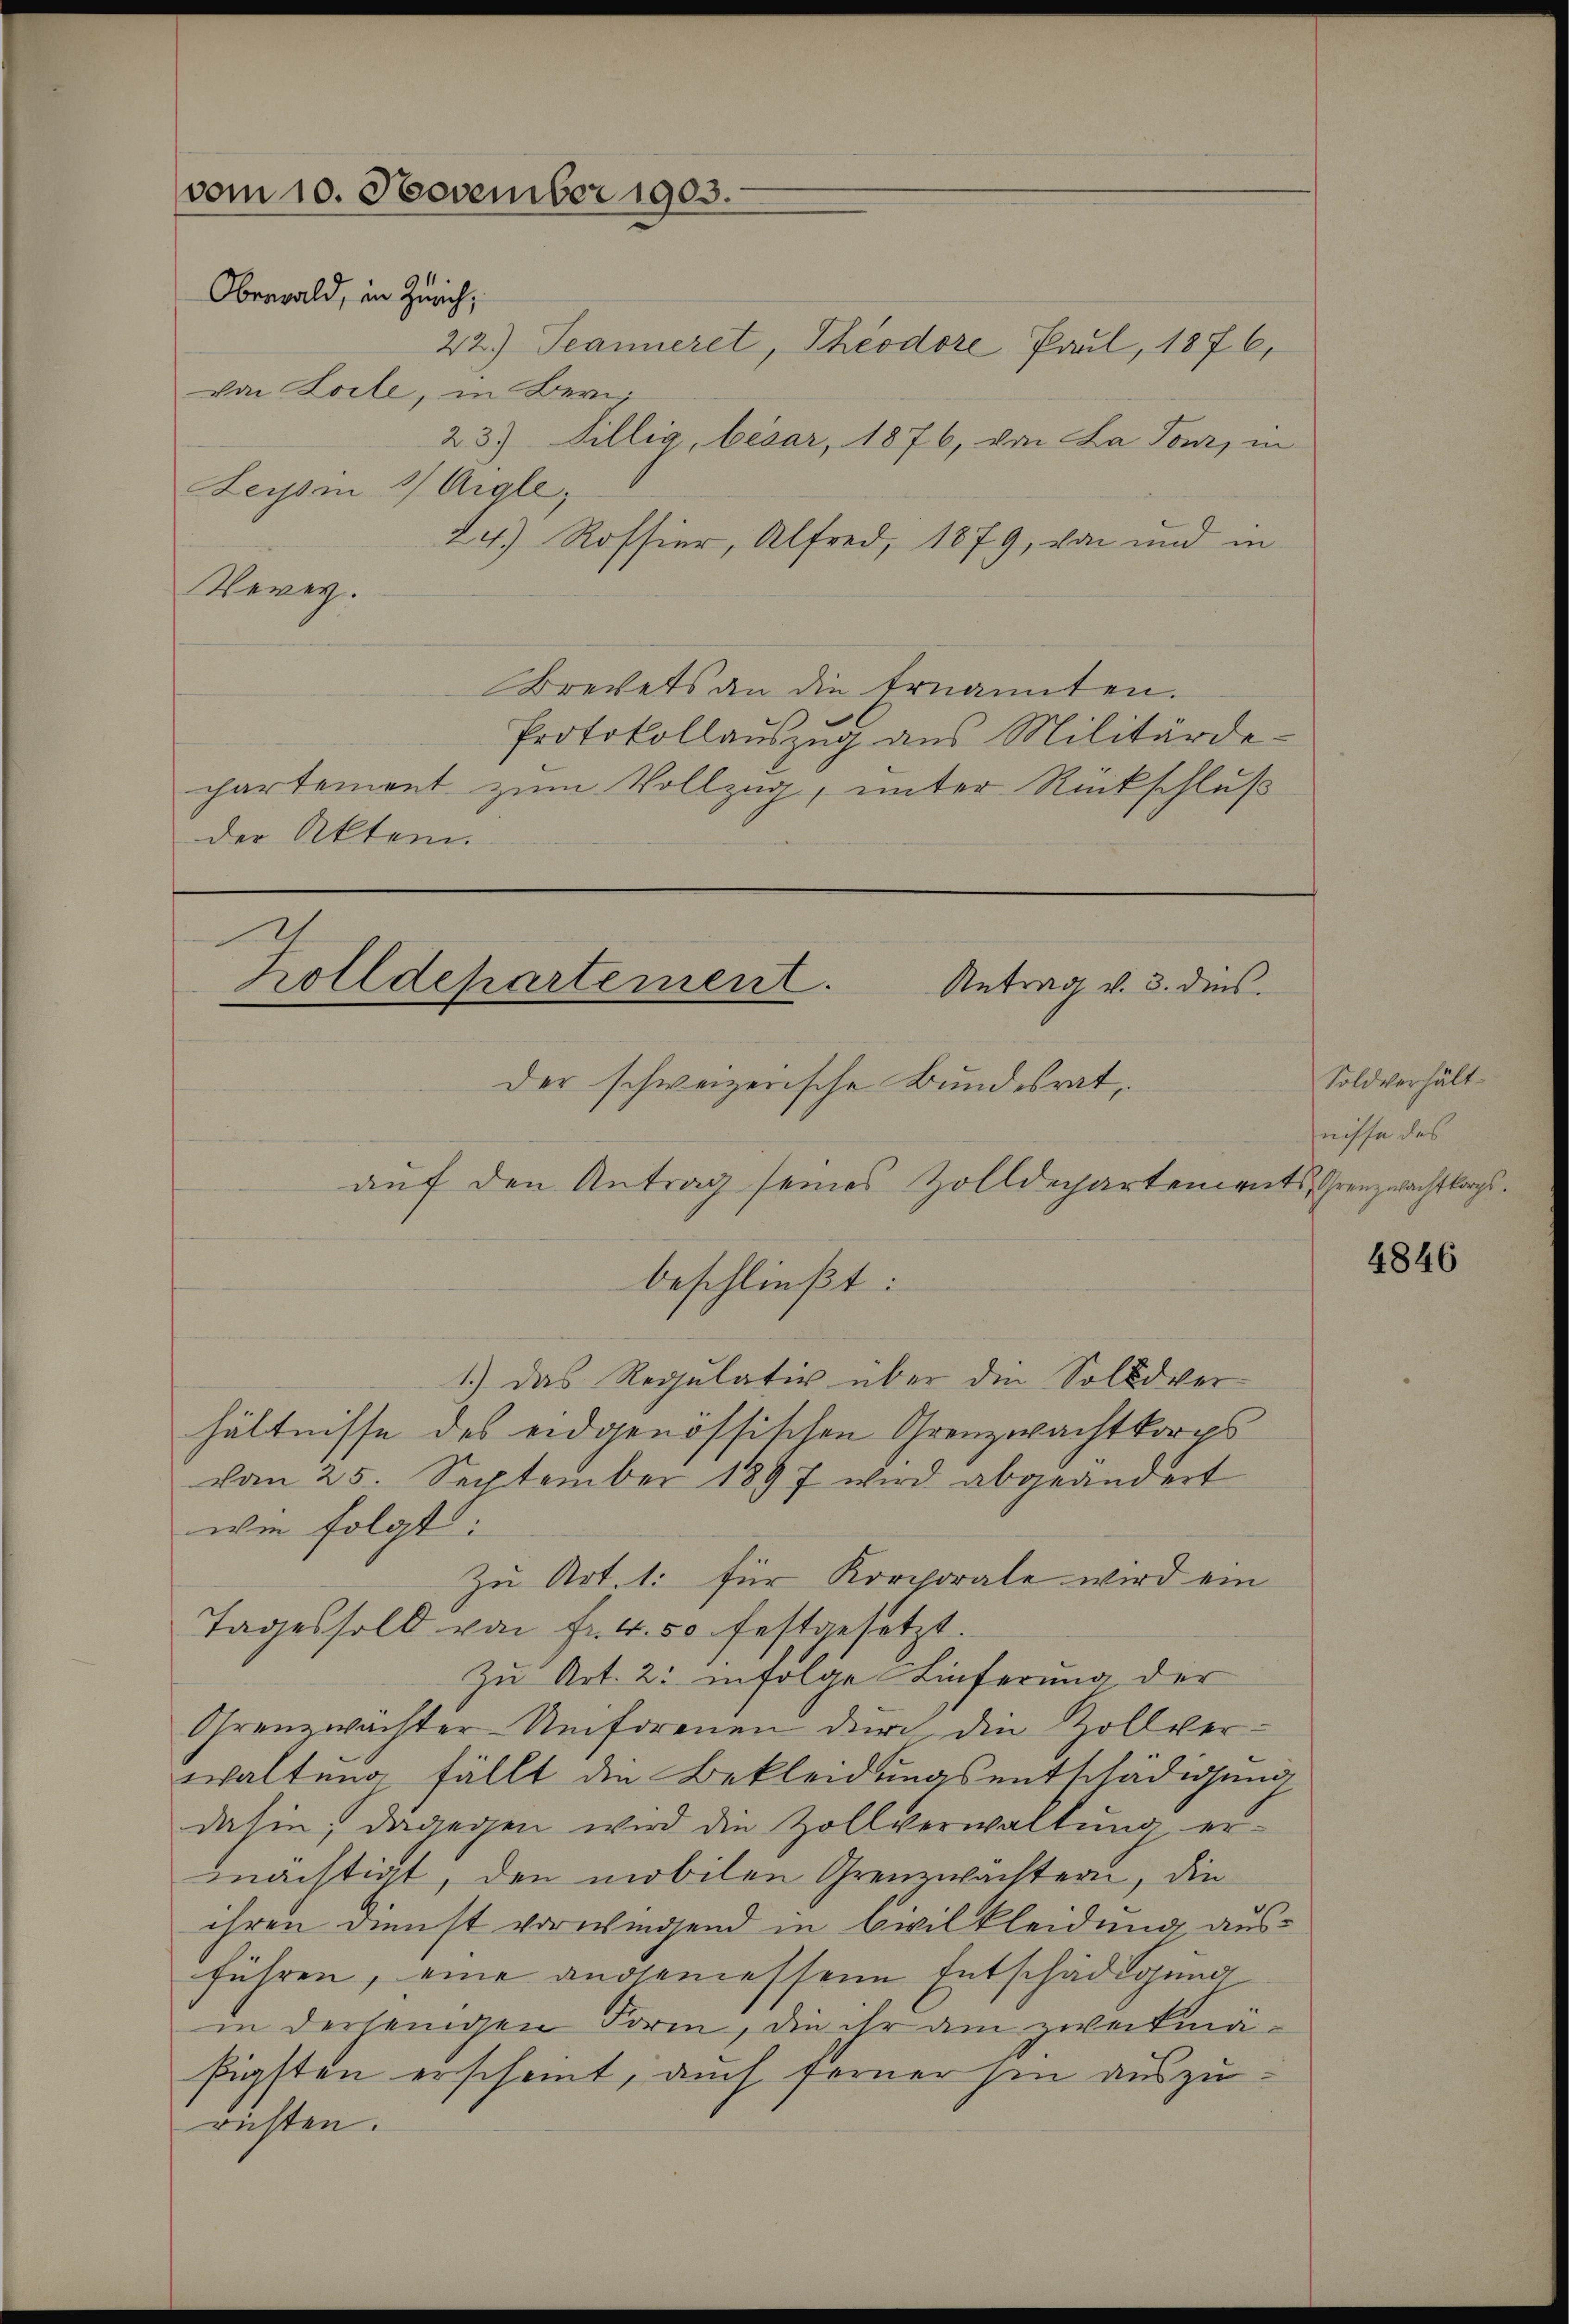
vom 10. November 1903.
Oberwald, in Zürich,

22.) Jeanneret, Theodore Paul, 1876,
von Loite, in Beri
23) Villig, besar, 1876, von La Tour, in
Leysin 1) Aigle,
24) Rossier, Alfred, 1879, von und in
Newer.
Brevets an die Ernannten.
Protokollauszug aus Militärde-
partement zum Vollzug, unter Rückschluß
der Akten.

Zolldepartement.
Antrag v. 3. dies

der schweizerische Bundesrat,
auf den Antrag seines Zolldepartements, Grenzwachtkarg
beschließt:
1.) Das Regulativ über die Solldverhältnisse des eidgenössischen Grenzwachtkorps
vom 25. September 1897 wird abgeändert
wie folgt:
Zu Art. 1: für Korporale wird ein
Tages soll von fr. 4. 50 festgesetzt.
Zu Art. 2: infolge Lieferung der
Grenzwächter Umformen durch die Zollverwaltung fällt die Bekleidungsentschädigung
dahin, dagegen wird die Zollverwaltung ermächtigt, den mobilen Grenzwächtern, die
ihren Dienst vorwiegend in Civilkleidung ausführen, eine angemessene Entschädigung
in derjenigen Form, die ihr am zweckmäsigsten erscheint, auch fernerhin auszurüsten.

Soldverhältnisse des

4846